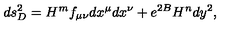
d s _ { D } ^ { 2 } = H ^ { m } f _ { \mu \nu } d x ^ { \mu } d x ^ { \nu } + e ^ { 2 B } H ^ { n } d y ^ { 2 } ,